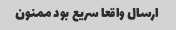
ارسال واقعا سریع بود ممنون